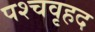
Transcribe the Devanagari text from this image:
पश्चवृहद